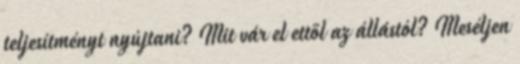
teljesítményt nyújtani? Mit vár el ettől az állástól? Meséljen